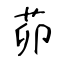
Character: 茆